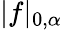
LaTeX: |f|_{0,\alpha}